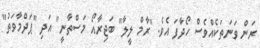
ރަން ވަނަތަކެއްވެސް ހޯދާފަ އެވެ. "ރާމް ލީލާ" ބަޖިރާއޯ މަސްތާނީ" އަދި "ޕަދްމާވަތު"